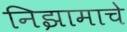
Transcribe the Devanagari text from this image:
निझामाचे